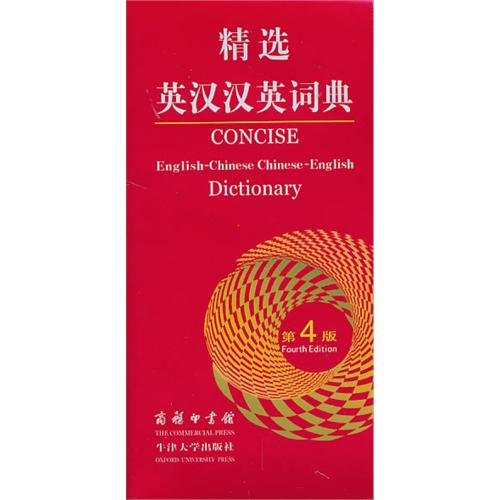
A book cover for Concise English-Chinese Chinese-English Dictionary (4th Edition) (English and Chinese Edition); Martin Manser (Editor); Reference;